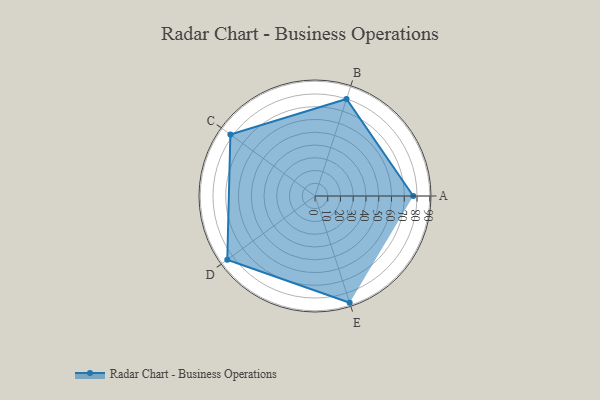
{"axis": {"x": "Skill", "y": "Score"}, "legend": ["Profile"], "data": [{"x": "A", "y": 77.0, "type": "Profile"}, {"x": "B", "y": 80.0, "type": "Profile"}, {"x": "C", "y": 82.0, "type": "Profile"}, {"x": "D", "y": 85.0, "type": "Profile"}, {"x": "E", "y": 88.0, "type": "Profile"}]}